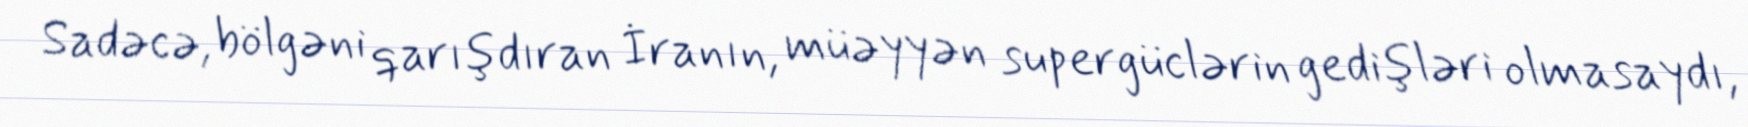
Sadəcə, bölgəni qarışdıran İranın, müəyyən supergüclərin gedişləri olmasaydı,